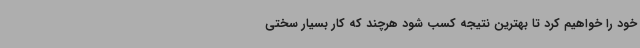
خود را خواهیم کرد تا بهترین نتیجه کسب شود هرچند که کار بسیار سختی